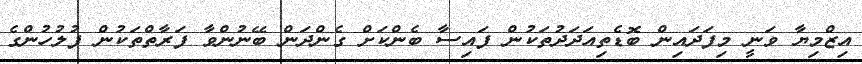
އިޒްމިޔާ ވަނީ މިފަދައިން ބޮޑެތިއަދަދުތަކުން ފައިސާ ބެންކަށް ގެންދަން ބޭނުންވާ ފަރާތްތަކުން ފުލުހުންގެ